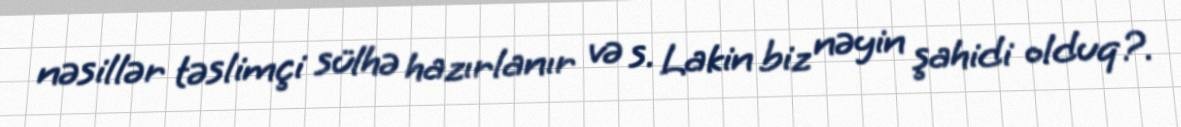
nəsillər təslimçi sülhə hazırlanır və s. Lakin biz nəyin şahidi olduq?.